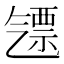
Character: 𣱪